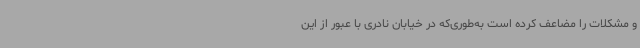
و مشکلات را مضاعف کرده است به‌طوری‌که در خیابان نادری با عبور از این